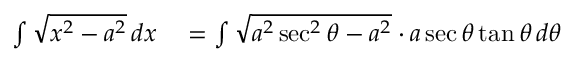
\begin{array} { r l } { \int { \sqrt { x ^ { 2 } - a ^ { 2 } } } \, d x } & { { } = \int { \sqrt { a ^ { 2 } \sec ^ { 2 } \theta - a ^ { 2 } } } \cdot a \sec \theta \tan \theta \, d \theta } \end{array}